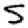
Digit: 5